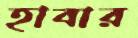
হাবার